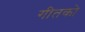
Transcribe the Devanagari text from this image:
गीतको